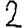
Digit: 2